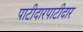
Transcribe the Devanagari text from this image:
पाटीदारपाटीदार